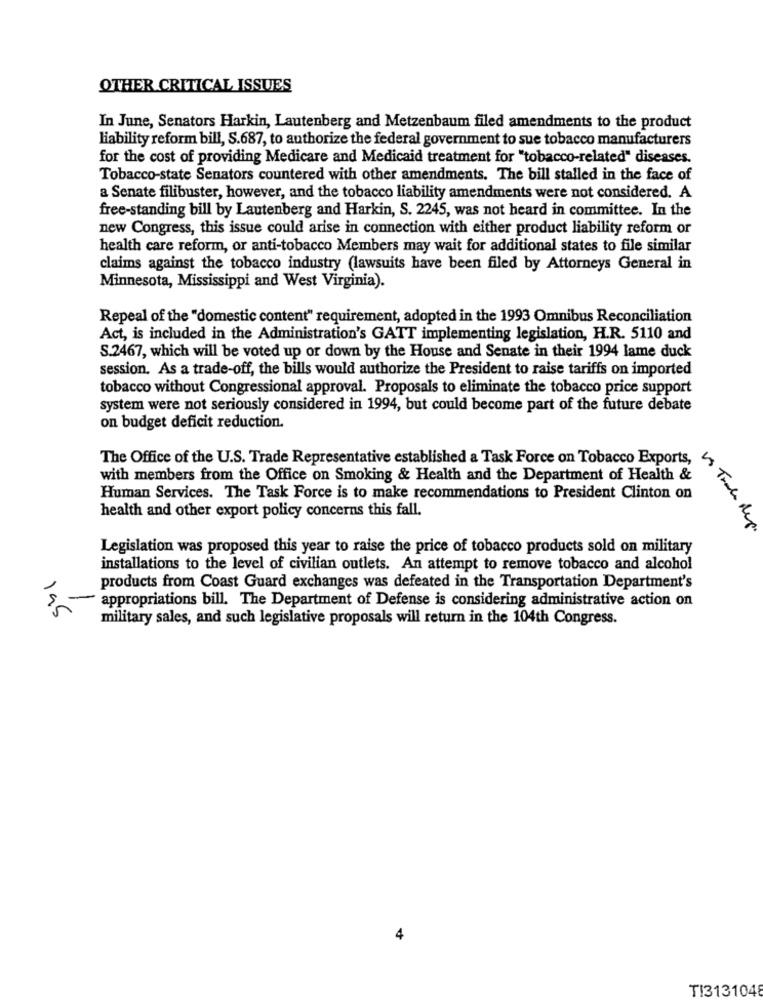
OTHER CRITICAL ISSUES
In June, Senators Harkin, Lautenberg and Metzenbaum filed amendments to the product
liability reform bill, S.687, to authorize the federal government to sue tobacco manufacturers
for the cost of providing Medicare and Medicaid treatment for "tobacco-related" diseases.
Tobacco-state Senators countered with other amendments. The bill stalled in the face of
a Senate filibuster, however, and the tobacco liability amendments were not considered. A
free-standing bill by Lautenberg and Harkin, S. 2245, was not heard in committee. In the
new Congress, this issue could arise in connection with either product liability reform or
health care reform, or anti-tobacco Members may wait for additional states to file similar
claims against the tobacco industry (lawsuits have been filed by Attorneys General in
Minnesota, Mississippi and West Virginia).
Repeal of the "domestic content" requirement, adopted in the 1993 Omnibus Reconciliation
Act, is included in the Administration's GATT implementing legislation, H.R. 5110 and
S.2467, which will be voted up or down by the House and Senate in their 1994 lame duck
session. As a trade-off, the bills would authorize the President to raise tariffs on imported
tobacco without Congressional approval. Proposals to eliminate the tobacco price support
system were not seriously considered in 1994, but could become part of the future debate
on budget deficit reduction.
The Office of the U.S. Trade Representative established a Task Force on Tobacco Exports,
with members from the Office on Smoking & Health and the Department of Health &
Human Services. The Task Force is to make recommendations to President Clinton on
health and other export policy concerns this fall.
vos Trale deg.
Legislation was proposed this year to raise the price of tobacco products sold on military
installations to the level of civilian outlets. An attempt to remove tobacco and alcohol
products from Coast Guard exchanges was defeated in the Transportation Department's
- appropriations bill. The Department of Defense is considering administrative action on
195
military sales, and such legislative proposals will return in the 104th Congress.
4
TI3131048